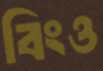
বিংও